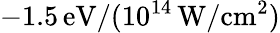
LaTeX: -1.5\, \mathrm{eV}/(10^{14}\, \mathrm{W/cm^{2}})